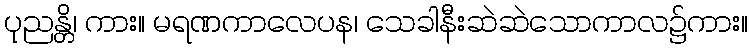
ပုညန္တိ၊ ကား။ မရဏကာလေပန၊ သေခါနီးဆဲဆဲသောကာလ၌ကား။